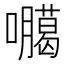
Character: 𭌫